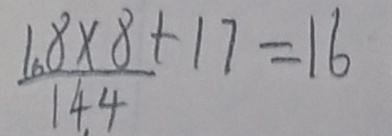
\frac { 1 . 8 \times 8 + 1 7 } { 1 4 . 4 } = 1 6